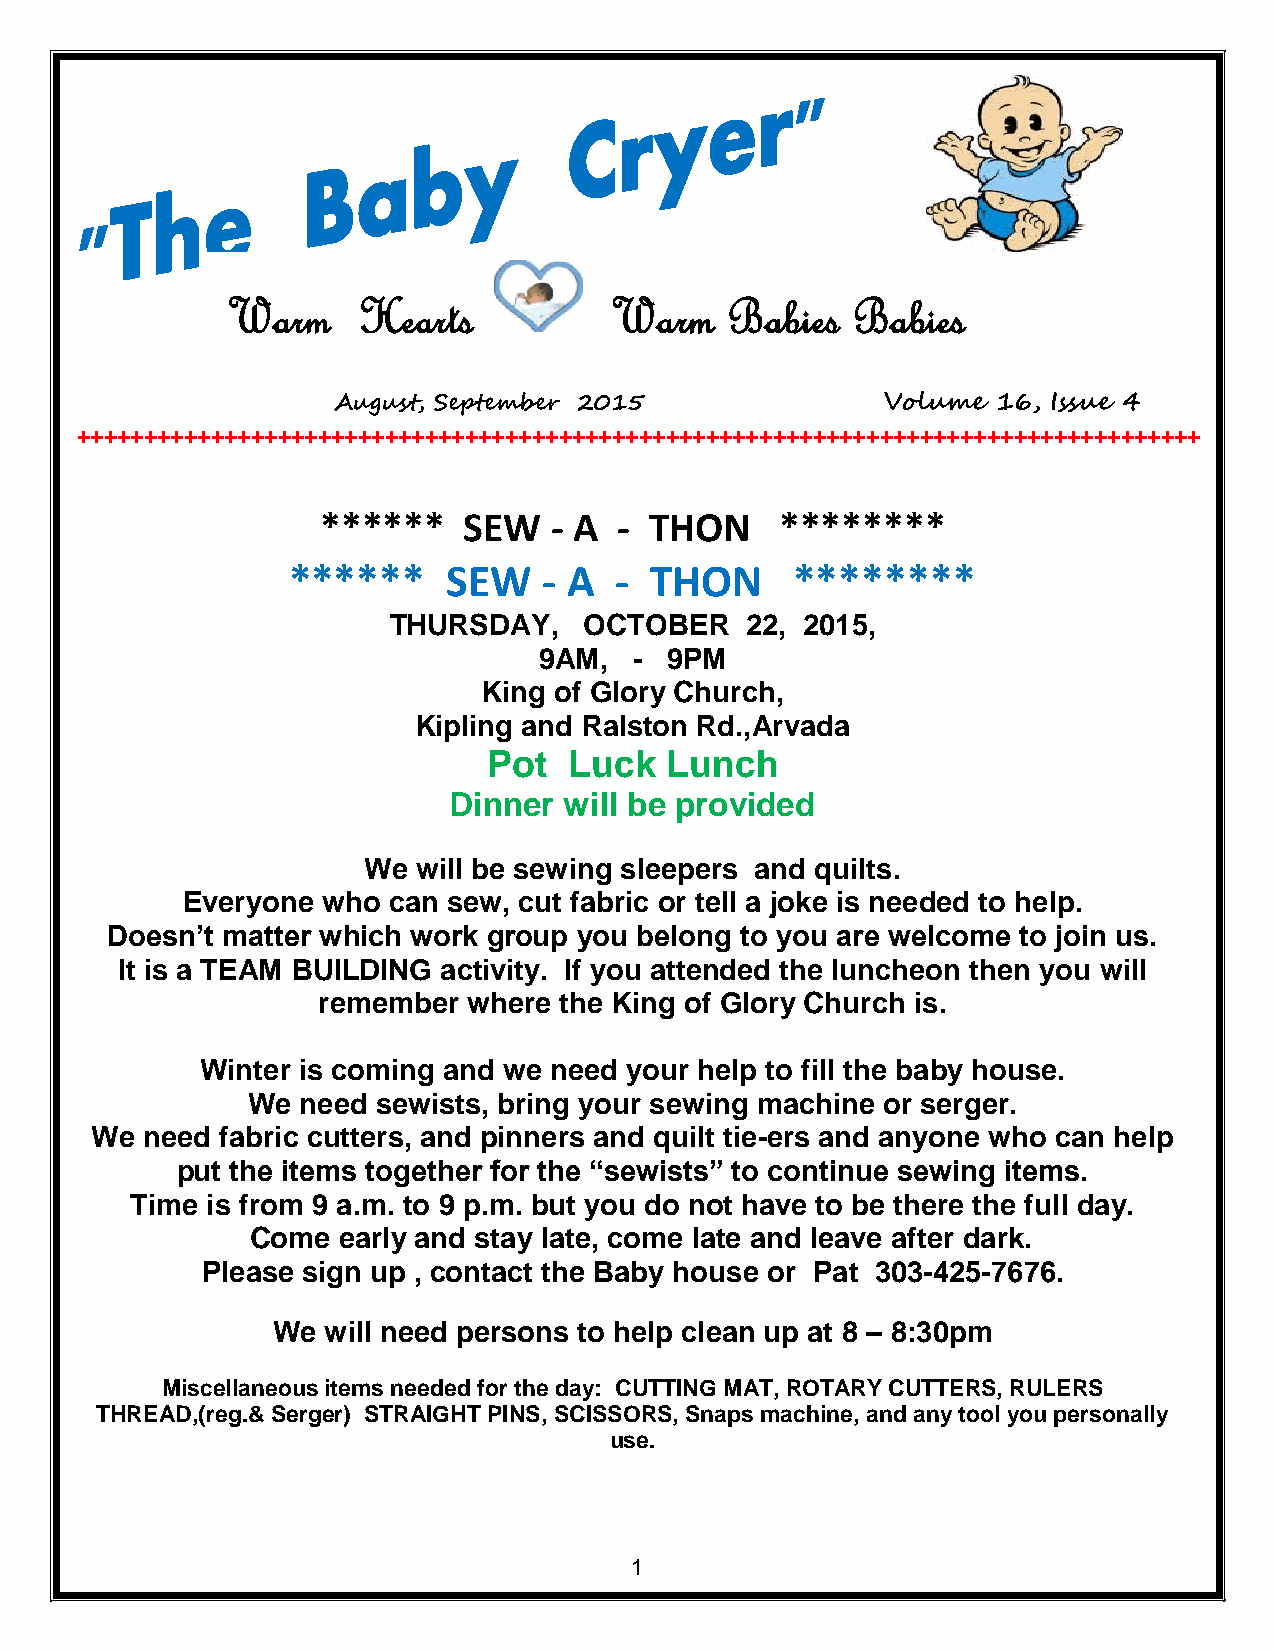
Warm     Hearts          Warm    Babies  Babies
 August, September 2015               Volume 16, Issue 4
 ++++++++++++++++++++++++++++++++++++++++++++++++++++++++++++++++++++++++++++++++++++++++++
 ******    SEW  - A  - THON     ********
 ******     SEW   - A  - THON      ********
 THURSDAY,    OCTOBER   22, 2015,
 9AM,  - 9PM
 King of Glory Church,
 Kipling and Ralston Rd.,Arvada
 Pot   Luck  Lunch
 Dinner will be provided
 We  will be sewing sleepers and quilts.
 Everyone who  can sew, cut fabric or tell a joke is needed to help.
 Doesn’t matter which work group you belong to you are welcome to join us.
 It is a TEAM BUILDING activity. If you attended the luncheon then you will
 remember  where the King of Glory Church is.
 Winter is coming and we need your help to fill the baby house.
 We  need sewists, bring your sewing machine or serger.
 We need  fabric cutters, and pinners and quilt tie-ers and anyone who can help
 put the items together for the “sewists” to continue sewing items.
 Time is from 9 a.m. to 9 p.m. but you do not have to be there the full day.
 Come early and stay late, come late and leave after dark.
 Please sign up , contact the Baby house or Pat 303-425-7676.
 We will need persons to help clean up at 8 – 8:30pm
 Miscellaneous items needed for the day: CUTTING MAT, ROTARY CUTTERS, RULERS
 THREAD,(reg.& Serger) STRAIGHT PINS, SCISSORS, Snaps machine, and any tool you personally
 use.
 1